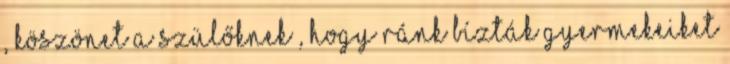
, köszönet a szülőknek , hogy ránk bízták gyermekeiket